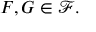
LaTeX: F , G \in { \mathcal { F } } .